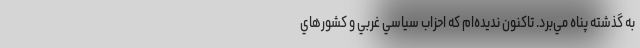
به گذشته پناه مي‌برد. تاكنون نديده‌ام كه احزاب سياسي غربي و كشورهاي